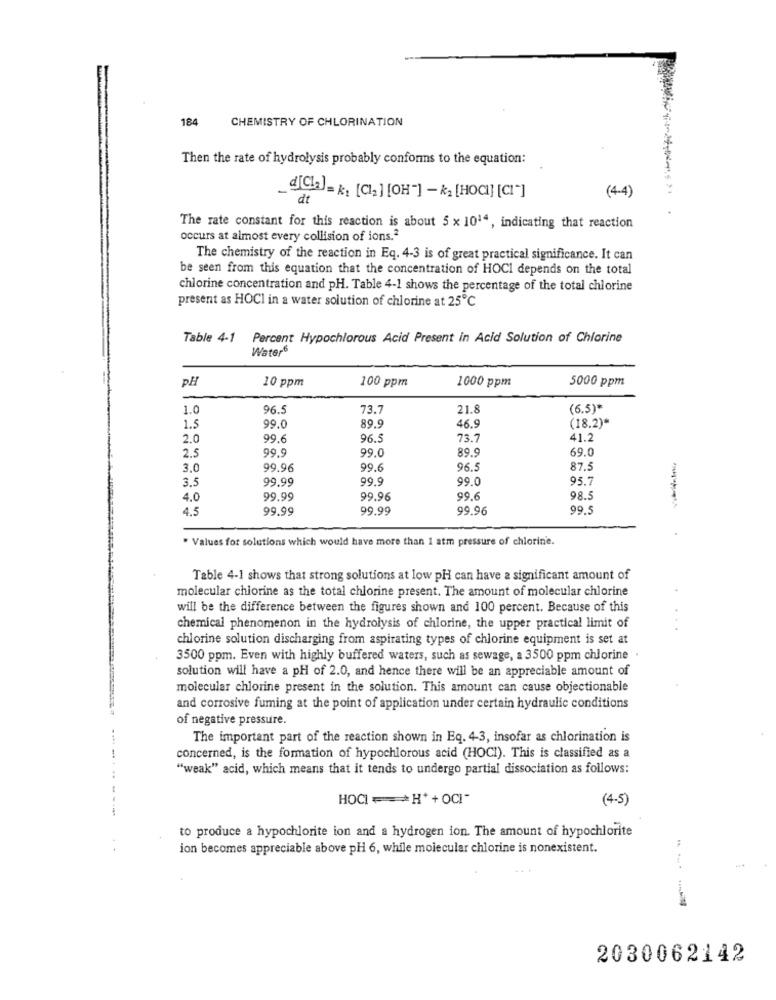
184
CHEMISTRY OF CHLORINATION
Then the rate of hydrolysis probably conforms to the equation:
dt
(4-4)
The rate constant for this reaction is about 5 x 1014, indicating that reaction
occurs at almost every collision of ions.2
The chemistry of the reaction in Eq. 4-3 is of great practical significance. It can
be seen from this equation that the concentration of HOCI depends on the total
chlorine concentration and pH. Table 4-1 shows the percentage of the total chlorine
present as HOCI in a water solution of chlorine at 25℃
Table 4-1 Percent Hypochlorous Acid Present in Acid Solution of Chlorine
Water6
PH
1000 ppm
5000 ppm
10 ppm
100 ppm
1.0
96.
73.7
21.8
(6.5)*
46.9
1.5
99.0
89.9
(18.2)*
2.0
99.
96 .:
73.7
41.2
99.9
99.0
89.9
69.0
2.5
3,0
99.96
99.6
96.
87.
3.5
99.99
99.9
99.0
95.7
4.0
99.99
99.96
99.6
98.
4.5
99.99
99.99
99.96
99
. Values for solutions which would have more than 1 atm pressure of chlorine.
Table 4-1 shows that strong solutions at low pH can have a significant amount of
molecular chlorine as the total chlorine present. The amount of molecular chlorine
will be the difference between the figures shown and 100 percent. Because of this
chemical phenomenon in the hydrolysis of chlorine, the upper practical limit of
chlorine solution discharging from aspirating types of chlorine equipment is set at
3500 ppm. Even with highly buffered waters, such as sewage, a 3500 ppm chlorine .
solution will have a pH of 2.0, and hence there will be an appreciable amount of
molecular chlorine present in the solution. This amount can cause objectionable
and corrosive fuming at the point of application under certain hydraulic conditions
of negative pressure.
The important part of the reaction shown in Eq. 4-3, insofar as chlorination is
concerned, is the formation of hypochlorous acid (HOCI). This is classified as a
"weak" acid, which means that it tends to undergo partial dissociation as follows:
HOCI =* H*+0CI-
(4-5)
-
to produce a hypochlorite ion and a hydrogen ion. The amount of hypochlorite
ion becomes appreciable above pH 6, while molecular chlorine is nonexistent.
2030062142